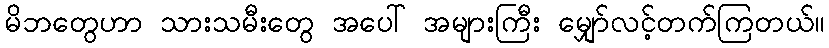
မိဘတွေဟာ သားသမီးတွေ အပေါ် အများကြီး မျှော်လင့်တက်ကြတယ်။